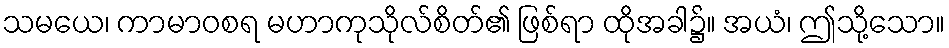
သမယေ၊ ကာမာဝစရ မဟာကုသိုလ်စိတ်၏ ဖြစ်ရာ ထိုအခါ၌။ အယံ၊ ဤသို့သော။